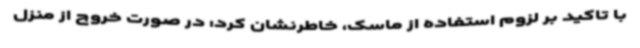
با تاکید بر لزوم استفاده از ماسک، خاطرنشان کرد: در صورت خروج از منزل